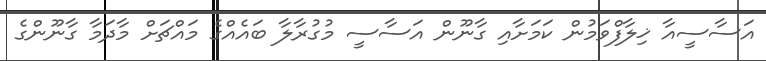
އަސާސީއާ ޚިލާފްވަމުން ކަމަށާއި ގާނޫން އަސާސީ މުގުރާލާ ބައެއްގެ މައްޗަށް މާދަމާ ގާނޫންގެ